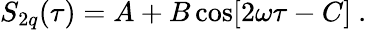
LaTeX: S_{2q}(\tau)=A+B\cos[2\omega\tau-C]\ .